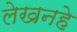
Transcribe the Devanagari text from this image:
लेखनहे